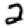
Digit: 2